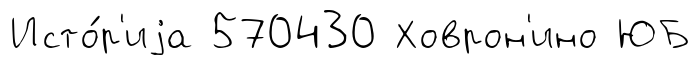
Исто́р'иjа 570430 Ховрон'ино ЮБ